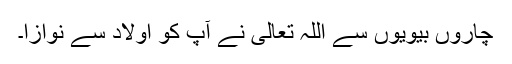
چاروں بیویوں سے اللہ تعالیٰ نے آپ کو اولاد سے نوازا۔